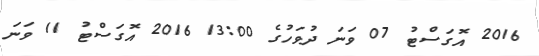
2016 އޮގަސްޓު 07 ވަނަ ދުވަހުގެ 13:00 2016 އޮގަސްޓު 11 ވަނަ